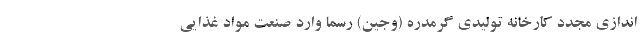
اندازی مجدد کارخانه تولیدی گرمدره (وجین) رسما وارد صنعت مواد غذایی